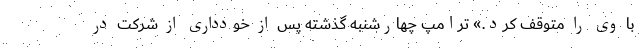
با وی را متوقف کرد.» ترامپ چهارشنبه گذشته پس از خودداری از شرکت در